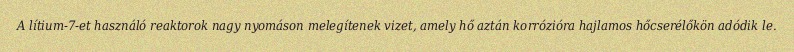
A lítium-7-et használó reaktorok nagy nyomáson melegítenek vizet, amely hő aztán korrózióra hajlamos hőcserélőkön adódik le.